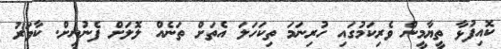
ކޮއިފުޅާ ތީޔާމީން ވެރިކަމުގައި ހުރިނަމަ ތިކަހަލަ އެތަށް ތަނެއް ލޮލަށް ފެނުނީށް. ކާވަރު